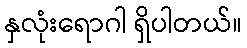
နှလုံးရောဂါ ရှိပါတယ်။